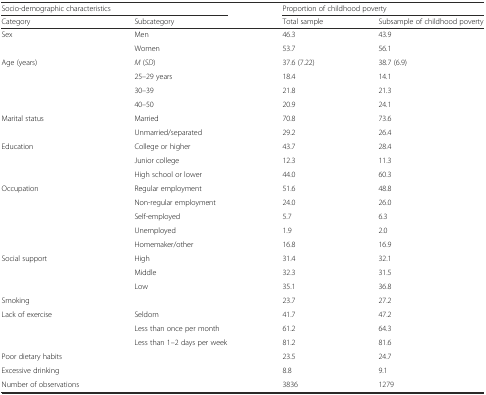
<table><thead><tr><td colspan="2"><b>Socio-demographic characteristics</b></td><td colspan="2"><b>Proportion of childhood poverty</b></td></tr><tr><td><b>Category</b></td><td><b>Subcategory</b></td><td><b>Total sample</b></td><td><b>Subsample of childhood poverty</b></td></tr></thead><tbody><tr><td rowspan="2">Sex</td><td>Men</td><td>46.3</td><td>43.9</td></tr><tr><td>Women</td><td>53.7</td><td>56.1</td></tr><tr><td rowspan="4">Age (years)</td><td><i>M</i> (<i>SD</i>)</td><td>37.6 (7.22)</td><td>38.7 (6.9)</td></tr><tr><td>25–29 years</td><td>18.4</td><td>14.1</td></tr><tr><td>30–39</td><td>21.8</td><td>21.3</td></tr><tr><td>40–50</td><td>20.9</td><td>24.1</td></tr><tr><td rowspan="2">Marital status</td><td>Married</td><td>70.8</td><td>73.6</td></tr><tr><td>Unmarried/separated</td><td>29.2</td><td>26.4</td></tr><tr><td rowspan="3">Education</td><td>College or higher</td><td>43.7</td><td>28.4</td></tr><tr><td>Junior college</td><td>12.3</td><td>11.3</td></tr><tr><td>High school or lower</td><td>44.0</td><td>60.3</td></tr><tr><td rowspan="5">Occupation</td><td>Regular employment</td><td>51.6</td><td>48.8</td></tr><tr><td>Non-regular employment</td><td>24.0</td><td>26.0</td></tr><tr><td>Self-employed</td><td>5.7</td><td>6.3</td></tr><tr><td>Unemployed</td><td>1.9</td><td>2.0</td></tr><tr><td>Homemaker/other</td><td>16.8</td><td>16.9</td></tr><tr><td rowspan="3">Social support</td><td>High</td><td>31.4</td><td>32.1</td></tr><tr><td>Middle</td><td>32.3</td><td>31.5</td></tr><tr><td>Low</td><td>35.1</td><td>36.8</td></tr><tr><td>Smoking</td><td></td><td>23.7</td><td>27.2</td></tr><tr><td rowspan="3">Lack of exercise</td><td>Seldom</td><td>41.7</td><td>47.2</td></tr><tr><td>Less than once per month</td><td>61.2</td><td>64.3</td></tr><tr><td>Less than 1–2 days per week</td><td>81.2</td><td>81.6</td></tr><tr><td>Poor dietary habits</td><td></td><td>23.5</td><td>24.7</td></tr><tr><td>Excessive drinking</td><td></td><td>8.8</td><td>9.1</td></tr><tr><td>Number of observations</td><td></td><td>3836</td><td>1279</td></tr></tbody></table>